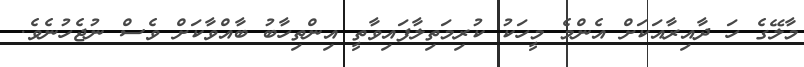
މާލޭގެ ހަ ދާއިރާއަކަށް އެންމެ މީހަކު ކުރިމަތިލާފައިވާތީ އިންތިހާބު ބާއްވާކަށް ވެސް ނުޖެހުނެވެ.